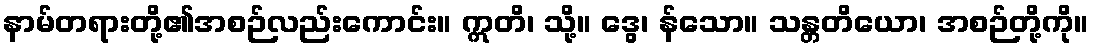
နာမ်တရားတို့၏အစဉ်လည်းကောင်း။ ဣတိ၊ သို့။ ဒွေ၊ န်သော။ သန္တတိယော၊ အစဉ်တို့ကို။